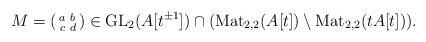
LaTeX: \begin{align*} M=\left(\begin{smallmatrix} a & b \\ c & d \end{smallmatrix}\right)\in \mathrm{GL}_2(A[t^{\pm 1}])\cap (\mathrm{Mat}_{2,2}(A[t])\setminus \mathrm{Mat}_{2,2}(tA[t])).\end{align*}